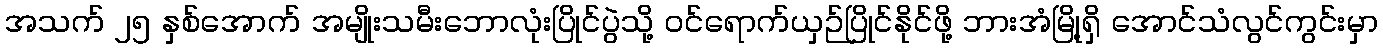
အသက် ၂၅ နှစ်အောက် အမျိုးသမီးဘောလုံးပြိုင်ပွဲသို့ ဝင်ရောက်ယှဉ်ပြိုင်နိုင်ဖို့ ဘားအံမြို့ရှိ အောင်သံလွင်ကွင်းမှာ